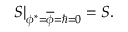
\left. S \right| _ { \phi ^ { \ast } = \overline { { { \phi } } } = \hbar = 0 } = { \cal S } .